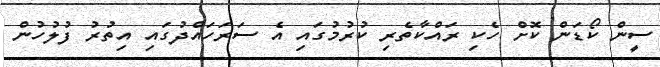
ސީން ކޯޑަން ކޮށް ހެކި ރައްކާތެރި ކުރުމުގައި އެ ސަރަހައްދުގައި އިތުރު ފުލުހުން